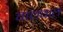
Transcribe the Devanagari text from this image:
चालवाल